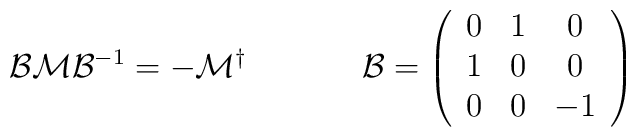
\begin{array}{cc}{\cal B}{\cal M}{\cal B}^{-1}=-{\cal M}^{\dagger}~~~~&~~~~{\cal B}=\left(\begin{array}{ccc}                 0&1&0\\                  1&0&0\\                 0&0&-1              \end{array}\right)\end{array}